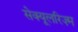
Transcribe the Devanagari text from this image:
सेक्यूलरिज़्म